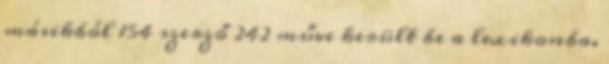
másikból 154 szerző 242 műve került be a lexikonba.